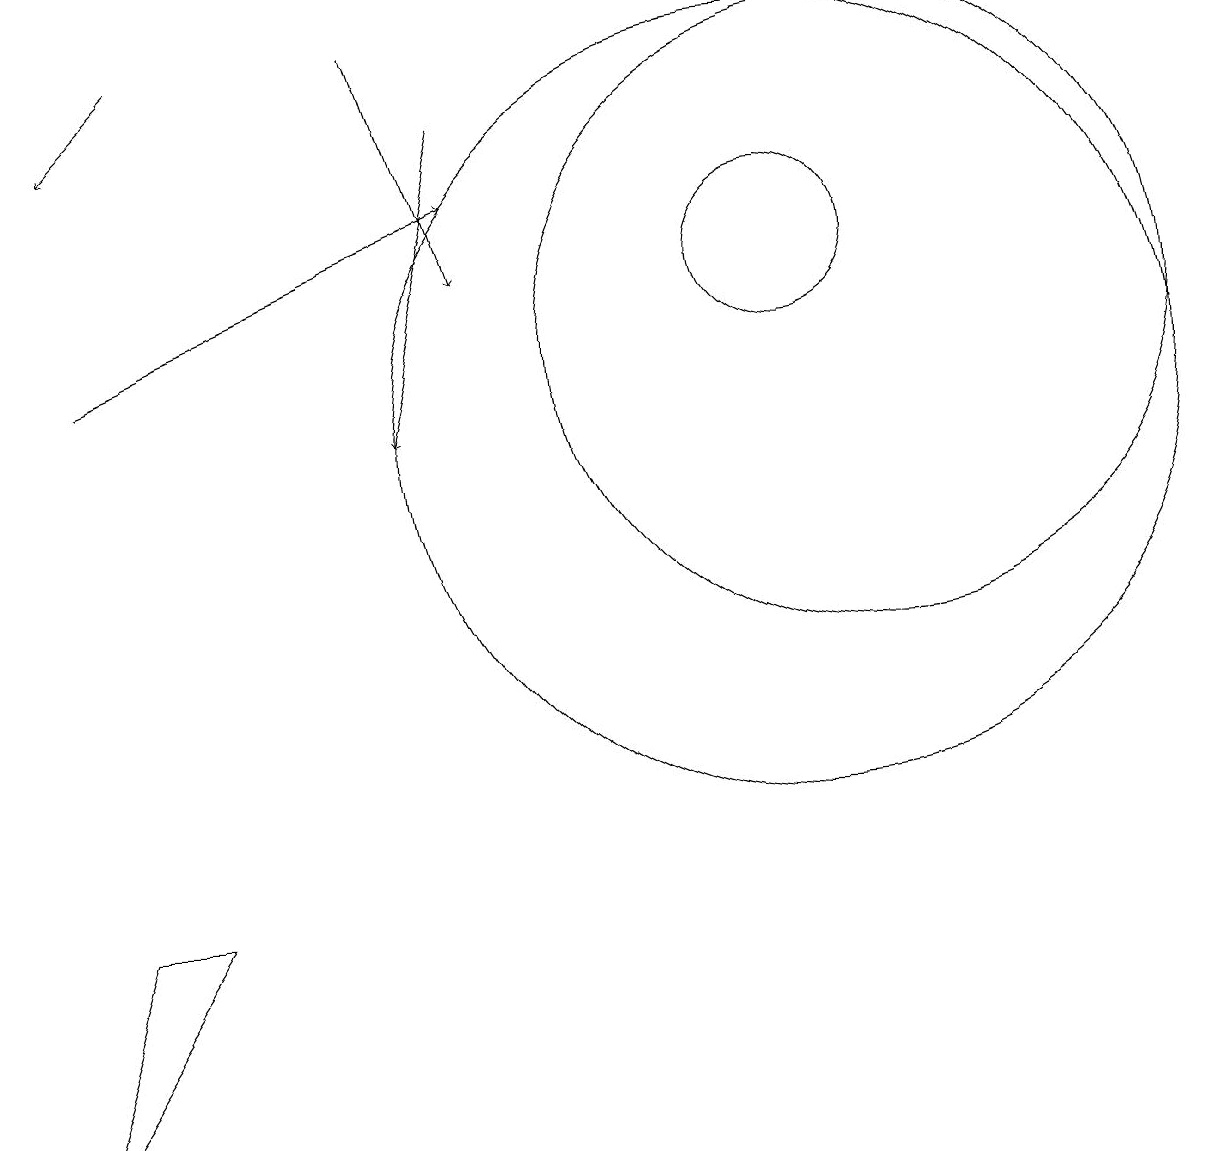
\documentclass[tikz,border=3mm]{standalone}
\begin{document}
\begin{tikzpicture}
\draw (2,4) -- (0,1) -- (1,4) -- cycle;
\draw[->] (1,11) -- (6,13);
\draw (11,11) circle (4);
\draw[->] (5,15) -- (6,12);
\draw[->] (6,14) -- (5,10);
\draw[->] (2,15) -- (1,14);
\draw (10,12) circle (1);
\draw (10,10) circle (5);
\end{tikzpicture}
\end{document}